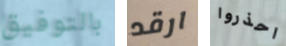
بالتوفيق ارقد احذروا